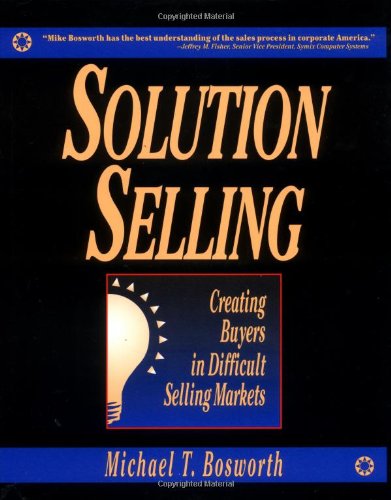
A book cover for Solution Selling: Creating Buyers in Difficult Selling Markets; Michael Bosworth; Business & Money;